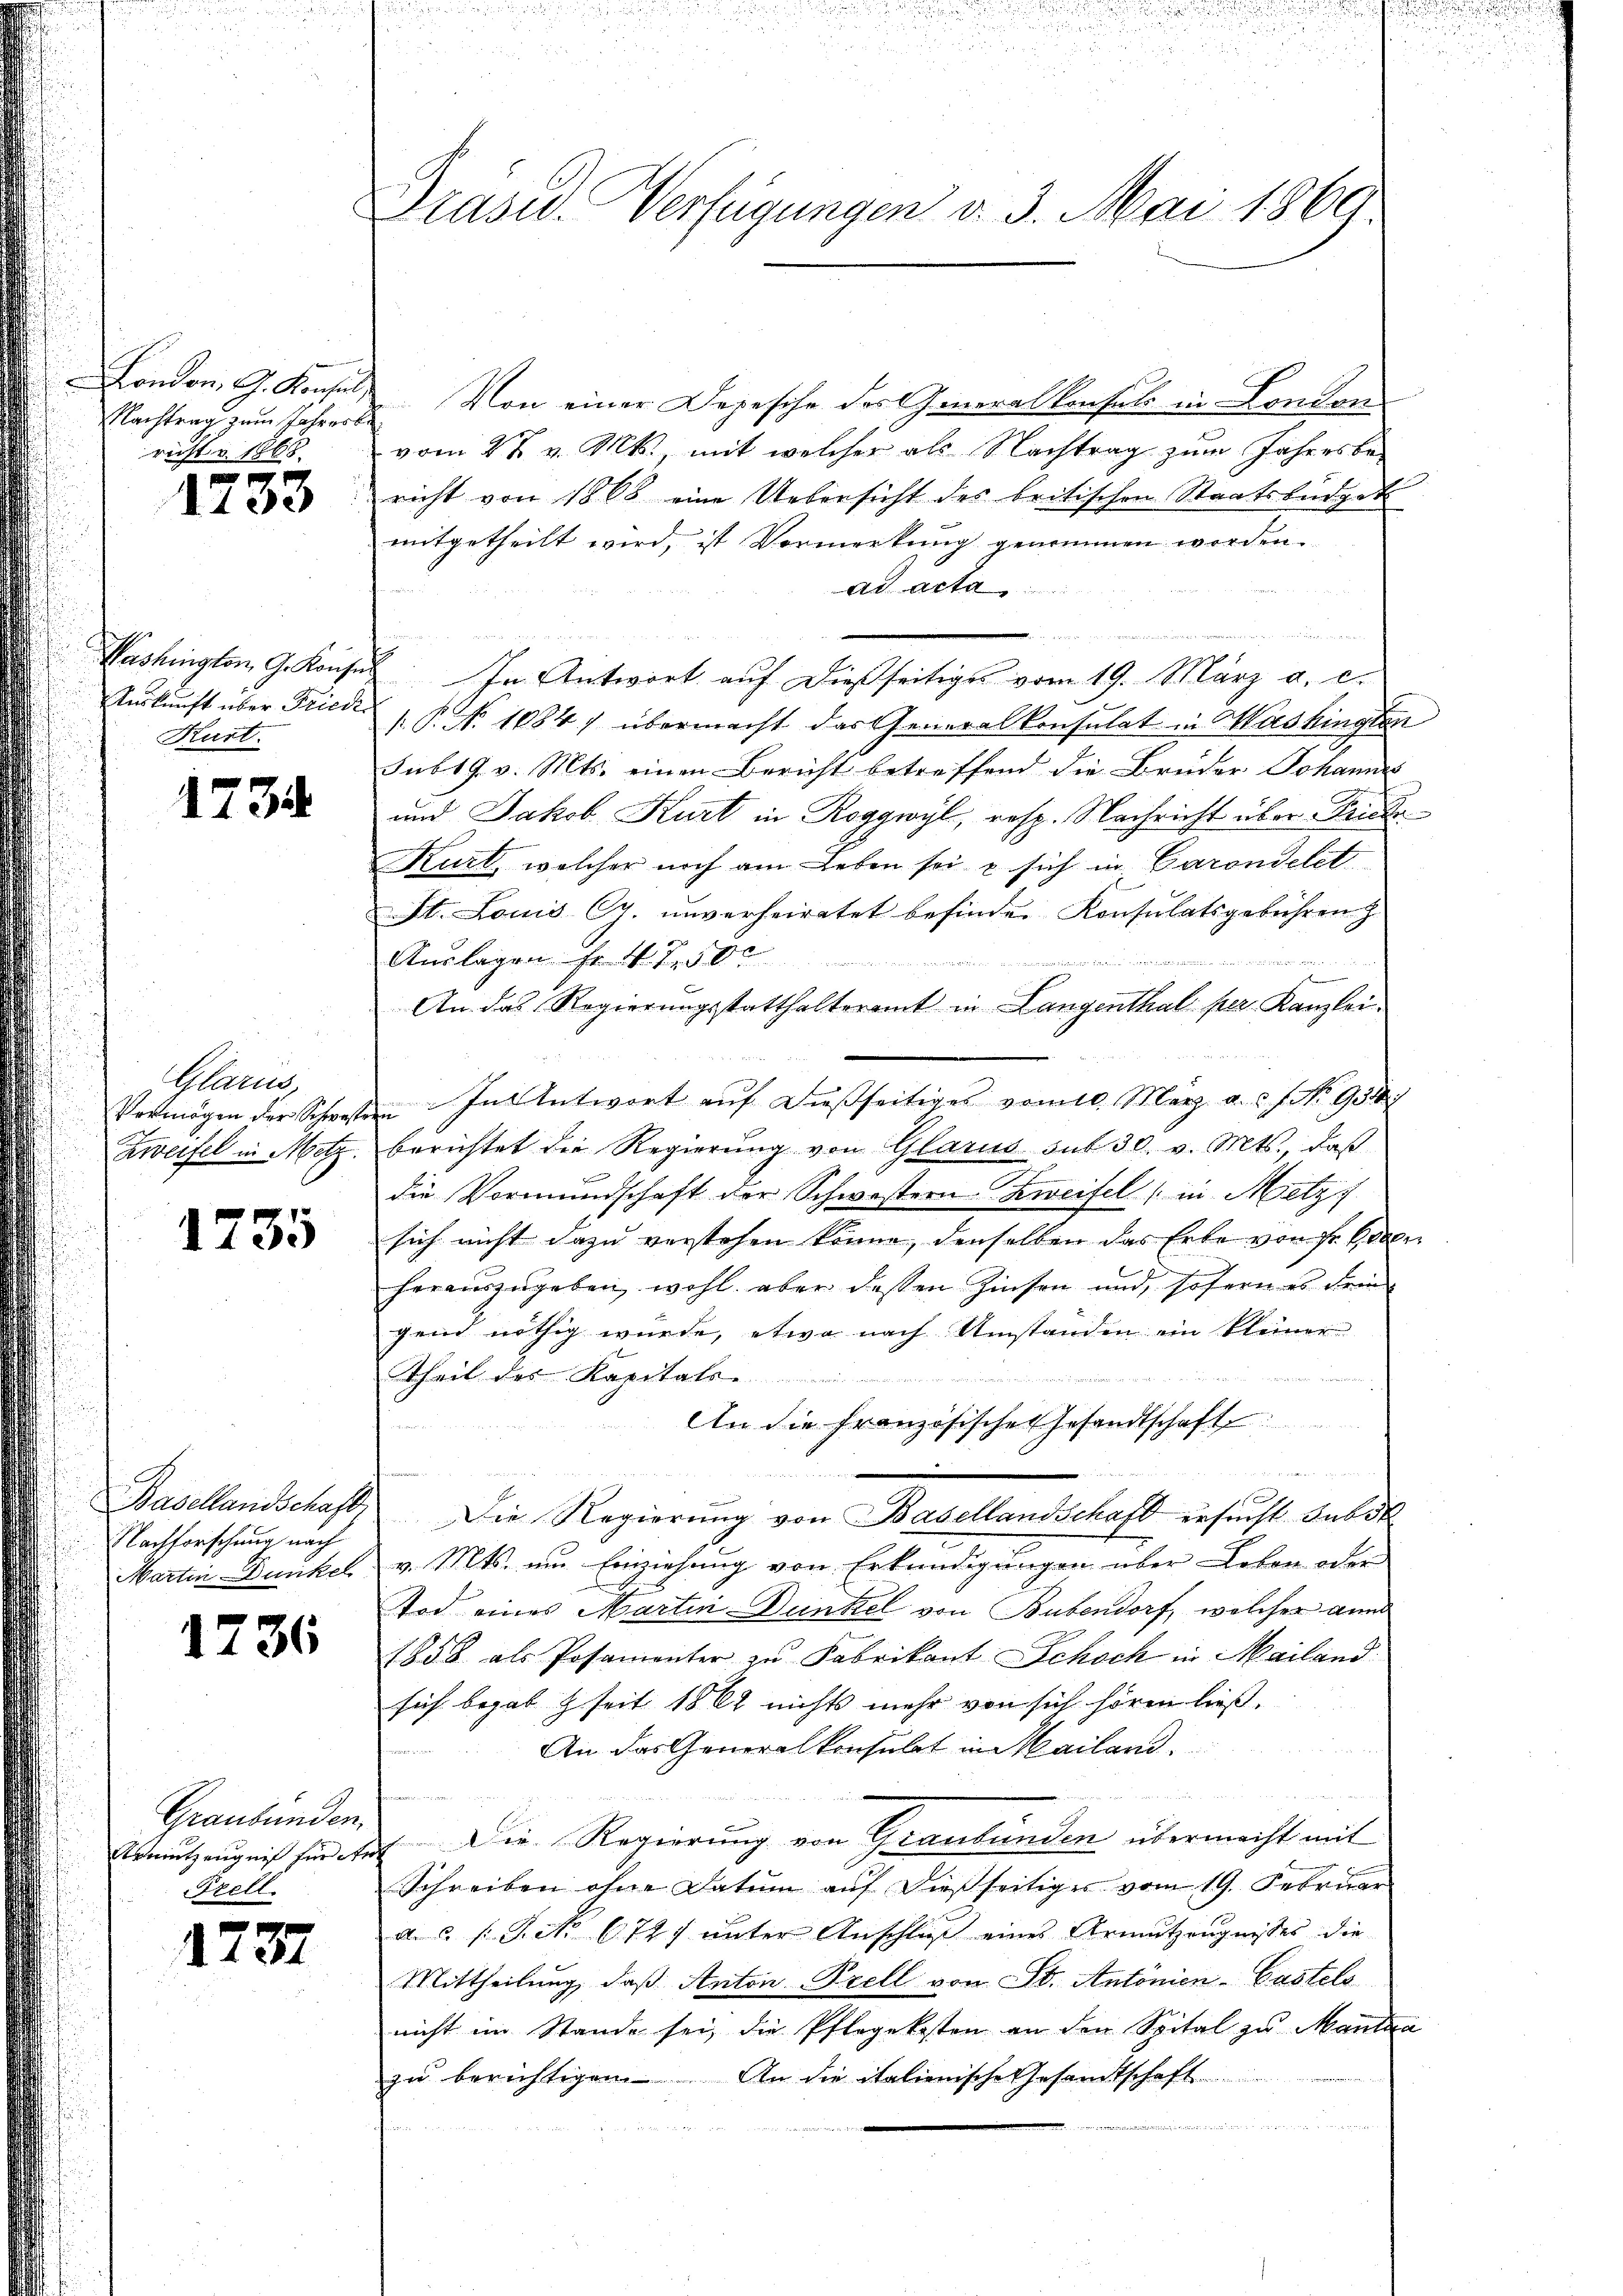
London. G. Konsul
Nachtrag zum Jahresbe
richt v. 1668.

1733

Washington G. Konsen
Auskunft über Friede
Kurt.

1734

Glarus,
Vermögen der Schweste
Zweifel in Metz.

1735

Basellandschaft,
Nachforschung nach
Martin Dunkel

1736

Graubünden.
Trell.

1731

Präsid. Verfügungen d. 3. Mai 1860

Von einer Depesche des Generalkonsuls in London
vom 28 v. Mts., mit welcher als Nachtrag zum Jahresbe-
richt von 1868 eine Uebersicht des britischen Staatsbüdget
mitgetheilt wird, ist Vormerkung genommen worden.
ad acta,
u
In Antwort auf dießseitiges vom 19. März a. c.
.P. No. 1884) übermacht das Generalkonsulat in Washingten
sub 19. v. Mts. einen Bericht betreffend die Brüder Johannes
und Jakob Kurt in Roggwyl, resp. Nachricht über Kinde
Kurt, welcher noch am Leben sei & sich in Garandelet
St. Louis G. unverheiratet befinden Konsulatsgebühren
Auslagen Fr. 4750.
464
An das Regierungsstatthalteramt in Langenthal per Kanzlei-
i. In Antwort auf diesseitiges vom 10. März a. c. f. No. 947
berichtet die Regierung von Glarus sub 30. v. Mts., daß
die Vormundschaft der Schwestern Zweifel (in Metz
sich nicht dazu verstehen könne, denselben das Erbe von fr. Con
herauszugeben, wohl aber dessen Zinsen und sofern es dein
gend nöthig wurde, etwa nach Umständen ein kleiner
Theil des Kapitals-
An die Französische Gesandtschaft
1
Die Regierung von Basellandschaft ersucht subst
v. Mts. um Einziehung von Erkundigungen über Leben oder
Tod eines Martin Dünkel von Bubendorf, welcher ann
1858 als Posamenter zu Fabrikant Schoch in Mailand
sich begab seit 1862 nichts mehr von sich hören ließ.
An das Generalkonsulat in Mailand.
Armutzengniß für des Die Regierung von Graubünden übermacht mit
Schreiben ohne Datum auf dießseitiges vom 19. Februar
a. c. s. Bek. 6727 unter Anschluß eines Armutzeugnisses die
Mittheilung, daß Anton Prell von St. Antonien-Castels
nicht im Stande sei, die Pflegekosten an den Spital zu Mantaa
zŭ berichtigen. An die italienische Gesandtschaft
 g
u